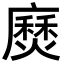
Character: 𫸅